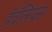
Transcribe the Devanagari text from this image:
हॅवॅलियस